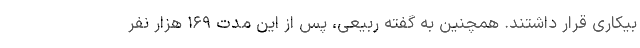
بیکاری قرار داشتند. همچنین به گفته ربیعی، پس از این مدت ۱۶۹ هزار نفر